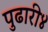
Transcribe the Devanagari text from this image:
पुढारी४